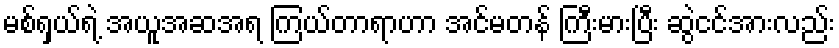
မစ်ရှယ်ရဲ့ အယူအဆအရ ကြယ်တာရာဟာ အင်မတန် ကြီးမားပြီး ဆွဲငင်အားလည်း